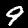
Label: 9